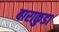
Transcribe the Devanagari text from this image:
बाराकुडा